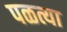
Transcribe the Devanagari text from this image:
पळत्या